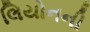
લિયોનની